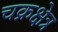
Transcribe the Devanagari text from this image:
चक्रक्षेत्र